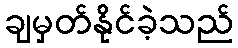
ချမှတ်နိုင်ခဲ့သည်